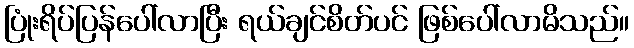
ပြုံးရိပ်ပြန်ပေါ်လာပြီး ရယ်ချင်စိတ်ပင် ဖြစ်ပေါ်လာမိသည်။